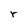
Character: r